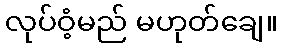
လုပ်ဝံ့မည် မဟုတ်ချေ။